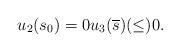
LaTeX: \begin{align*}u_2(s_0)=0 u_3(\overline{s})(\le) 0.\end{align*}